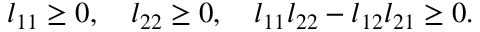
\begin{array} { r } { l _ { 1 1 } \geq 0 , \quad l _ { 2 2 } \geq 0 , \quad l _ { 1 1 } l _ { 2 2 } - l _ { 1 2 } l _ { 2 1 } \geq 0 . } \end{array}